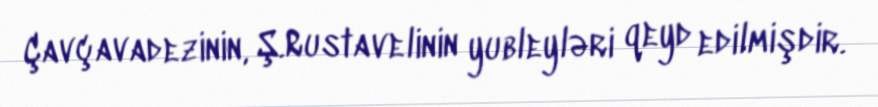
Çavçavadezinin, Ş.Rustavelinin yubleyləri qeyd edilmişdir.